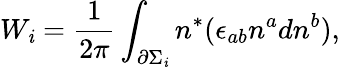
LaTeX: W_{\mathit{i}}=\frac{1}{{2\pi}}\int_{\partial\Sigma_{\mathit{i}}}n^{*}(\epsilon_{ab}n^{a}dn^{b}),